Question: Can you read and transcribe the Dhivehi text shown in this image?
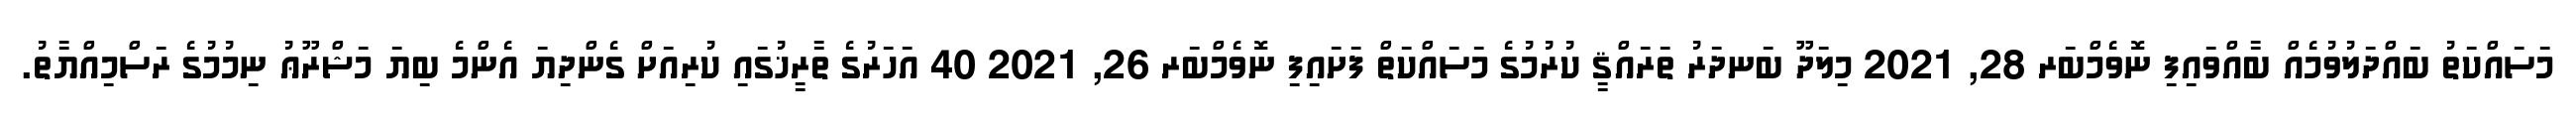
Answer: މަސައްކަތު ބައްދަލުވުމެއް ބާއްވައިފި ނޮވެމްބަރ 28, 2021 މިލަދޫ ބަނދަރު ތަރައްޤީ ކުރުމުގެ މަސައްކަތް ފަށައިފި ނޮވެމްބަރ 26, 2021 40 އަހަރުގެ ތާރީޚުގައި ކުރިއަށް ގެންދިޔަ އެންމެ ބިޔަ މަޝްރޫޢު ނިމުމުގެ ރަސްމިއްޔާތު.